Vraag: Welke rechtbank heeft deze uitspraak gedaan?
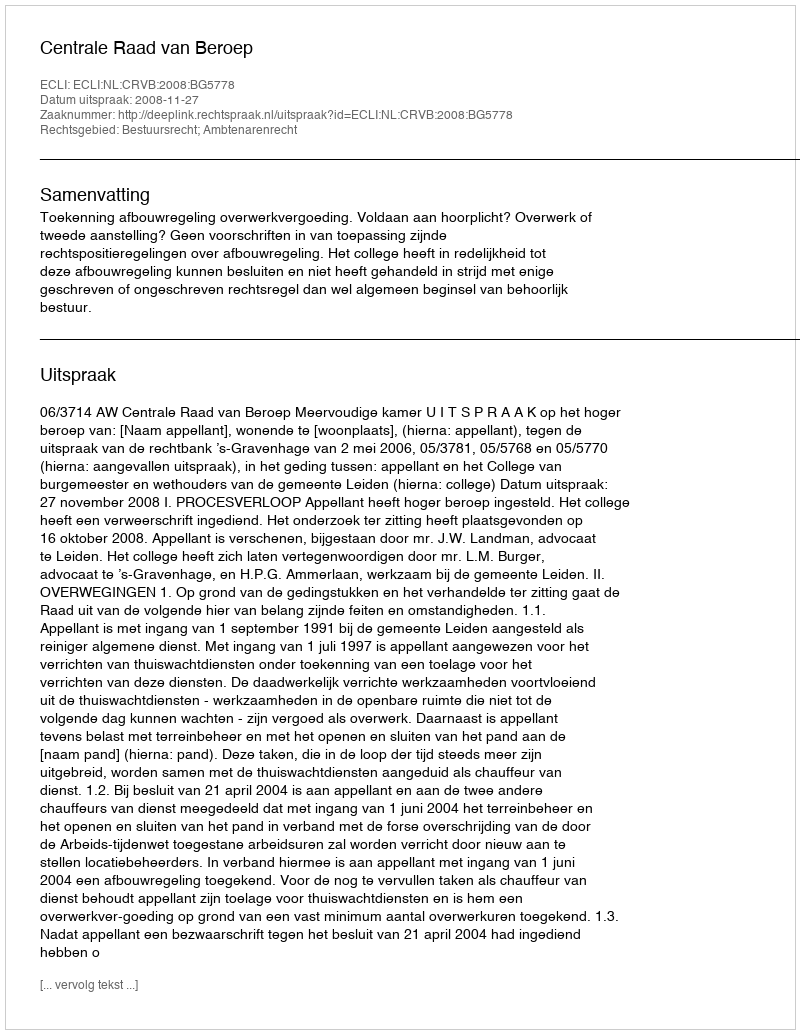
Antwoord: Centrale Raad van Beroep